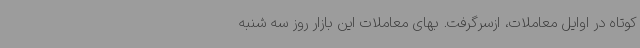
کوتاه در اوایل معاملات، ازسرگرفت. بهای معاملات این بازار روز سه شنبه